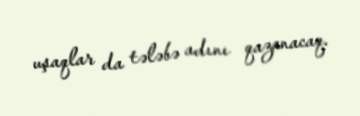
uşaqlar da tələbə adını qazanacaq.